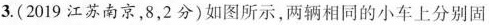
3.(2019江苏南京，8，2分)如图所示，两辆相同的小车上分别固